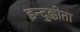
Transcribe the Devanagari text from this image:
इन्दुक्कोता